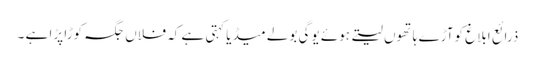
ذرائع ابلاغ کوآڑے ہاتھوں لیتے ہوئے یوگی بولے میڈیا کہتی ہے کہ فلاں جگہ کوڑا پڑا ہے ۔